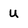
Character: u